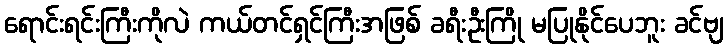
ရောင်းရင်းကြီးကိုလဲ ကယ်တင်ရှင်ကြီးအဖြစ် ခရီးဦးကြို မပြုနိုင်ပေဘူး ခင်ဗျ